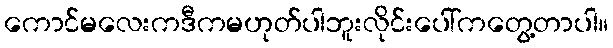
ကောင်မလေးကဒီကမဟုတ်ပါဘူးလိုင်းပေါ်ကတွေ့တာပါ။